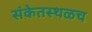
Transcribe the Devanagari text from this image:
संकेतस्थळच